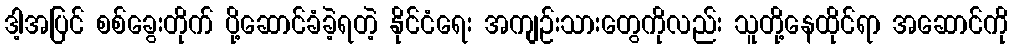
ဒါ့အပြင် စစ်ခွေးတိုက် ပို့ဆောင်ခံခဲ့ရတဲ့ နိုင်ငံရေး အကျဉ်းသားတွေကိုလည်း သူတို့နေထိုင်ရာ အဆောင်ကို